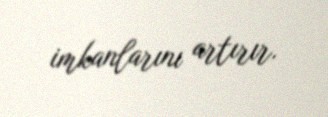
imkanlarını artırır.